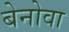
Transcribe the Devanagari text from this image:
बेनोवा